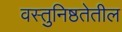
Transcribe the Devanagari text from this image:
वस्तुनिष्ठतेतील